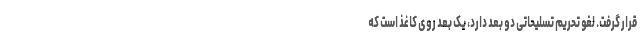
قرار گرفت. لغو تحریم تسلیحاتی دو بعد دارد، یک بعد روی کاغذ است که